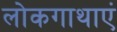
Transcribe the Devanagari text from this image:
लोकगाथाएं